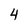
Character: 4